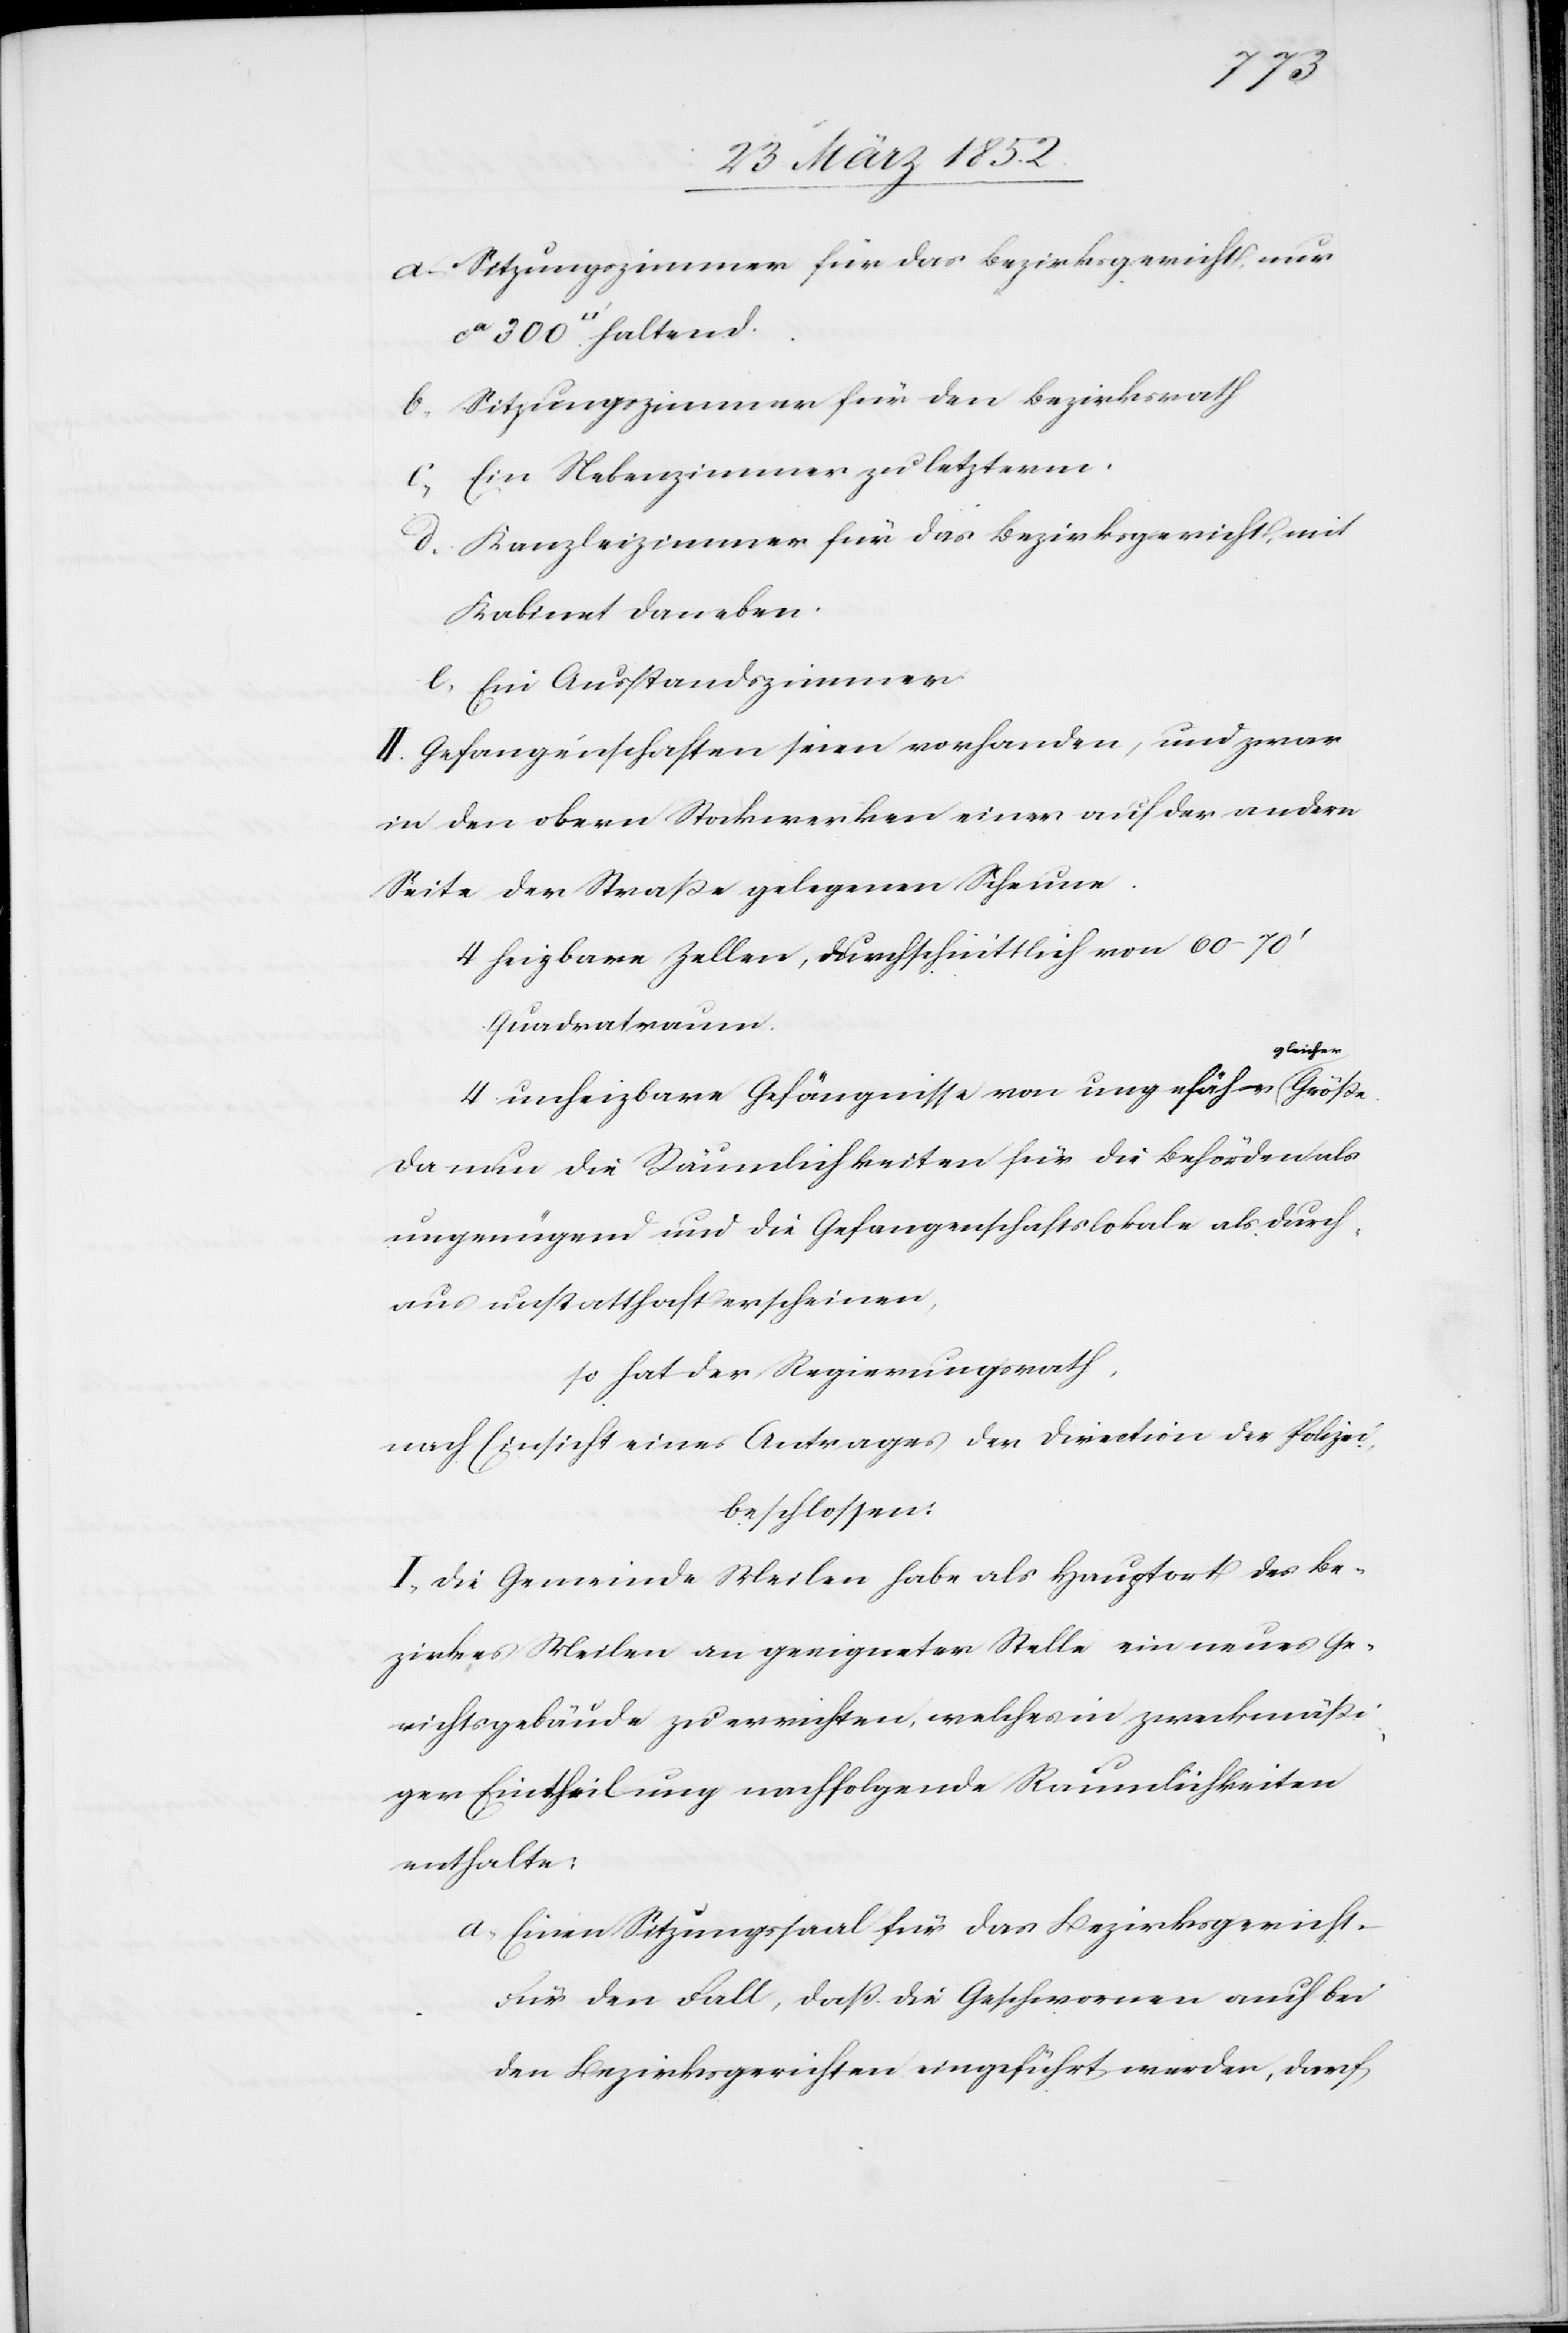
Größe.
a. Sitzungszimmer für das Bezirksgericht, nur
b. Sitzungszimmer für den Bezirksrath.
d. Kanzleizimmer für das Bezirksgericht mit
Kabinet daneben.
e. Ein Ausstandszimmer.
II. Gefangenschaften seien vorhanden, und zwar
in den obern Stockwerken einer auf der andern
Seite der Straße gelegenen Scheune.
4 heizbare Zellen, durchschnittlich von 60–70‘
Quadratraum.
gleicher
4 unheizbare Gefängnisse von ungefähr
Da nun die Räumlichkeiten für die Behörden als
ungenügend und die Gefangenschaftslokale als durch¬
aus unstatthaft erscheinen,
so hat der Regierungsrath,
nach Einsicht eines Antrages der Direction der Polizei
beschlossen:
I. Die Gemeinde Meilen habe als Hauptort des Be¬
zirkes Meilen an geeigneter Stelle ein neues Ge¬
richtsgebäude zu errichten, welches in zweckmäßi¬
ger Eintheilung nachfolgende Räumlichkeiten
enthalte:
a) Einen Sitzungssaal für das Bezirksgericht.
Für den Fall, daß die Geschwornen auch bei
den Bezirksgerichten eingeführt werden, darf